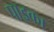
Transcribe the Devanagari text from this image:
पाइका